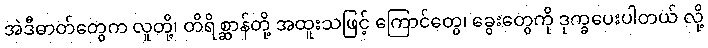
အဲဒီဓာတ်တွေက လူတို့၊ တိရိစ္ဆာန်တို့ အထူးသဖြင့် ကြောင်တွေ၊ ခွေးတွေကို ဒုက္ခပေးပါတယ် လို့